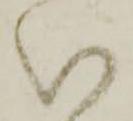
い